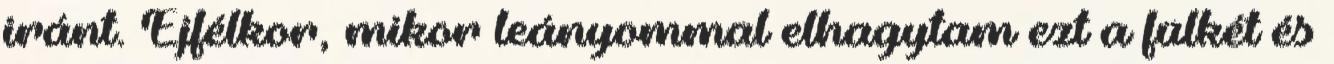
iránt. Éjfélkor, mikor leányommal elhagytam ezt a fülkét és